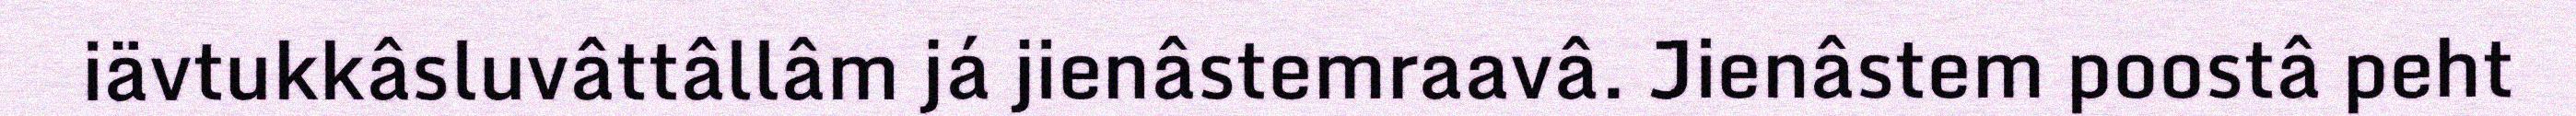
iävtukkâsluvâttâllâm já jienâstemraavâ. Jienâstem poostâ peht